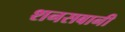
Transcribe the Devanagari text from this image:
शनसबानी